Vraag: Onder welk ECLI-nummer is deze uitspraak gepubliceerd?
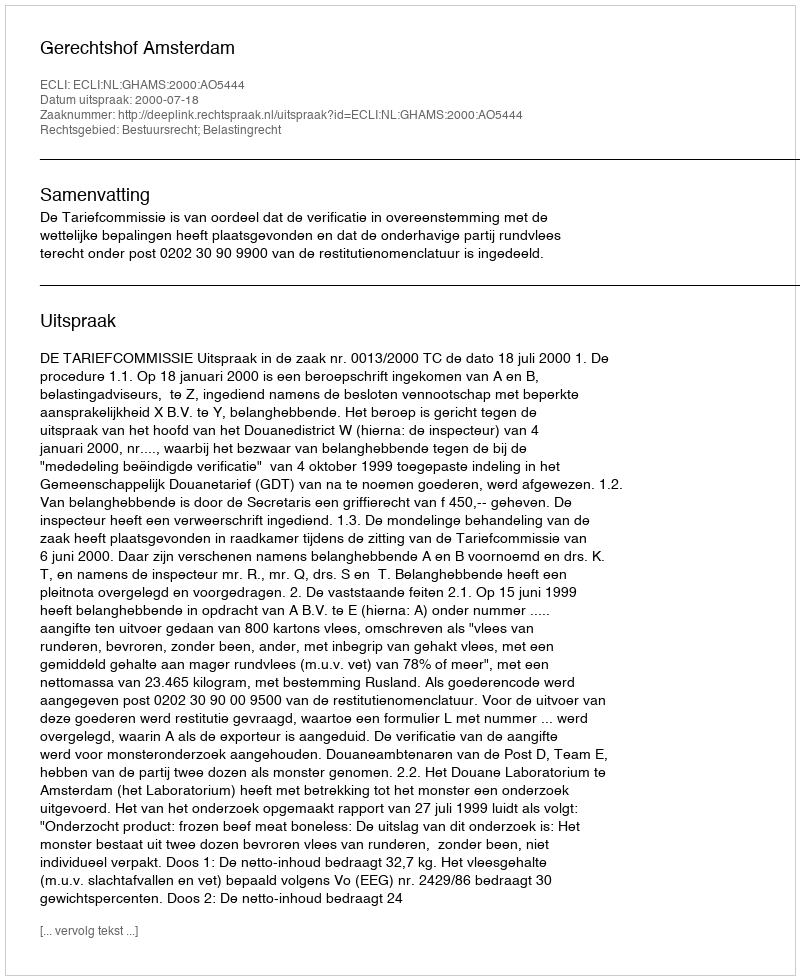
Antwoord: ECLI:NL:GHAMS:2000:AO5444